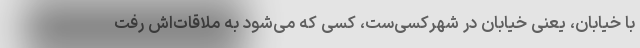
با خیابان، یعنی خیابان در شهرکسی‌ست، کسی که می‌شود به ملاقات‌اش رفت